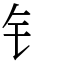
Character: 钅